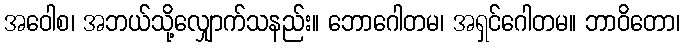
အဝေါစ၊ အဘယ်သို့လျှောက်သနည်း။ ဘောဂေါတမ၊ အရှင်ဂေါတမ။ ဘာဝိတော၊